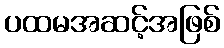
ပထမအဆင့်အဖြစ်